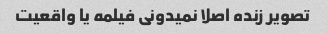
تصویر زنده اصلا نمیدونی فیلمه یا واقعیت